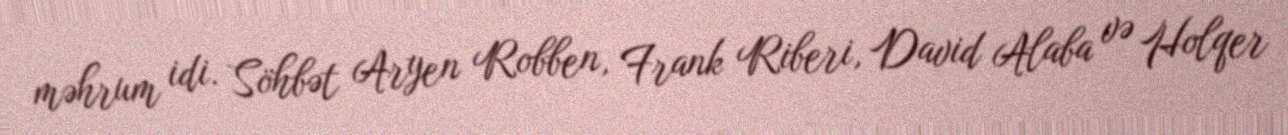
məhrum idi. Söhbət Aryen Robben, Frank Riberi, David Alaba və Holqer